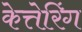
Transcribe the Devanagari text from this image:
केत्तेरिंग